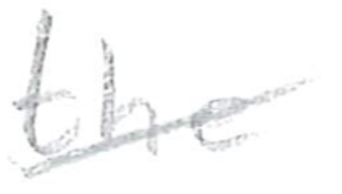
Text: the
Cross-out: diagonal
Writing tool: pencil